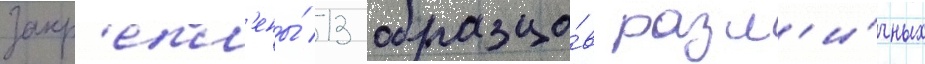
закр'епл'ены́ 13 образцо́в разл'и́чных